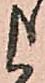
申